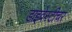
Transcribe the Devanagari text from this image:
डाइवेस्टीचर